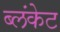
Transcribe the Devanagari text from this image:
ब्लंकेट